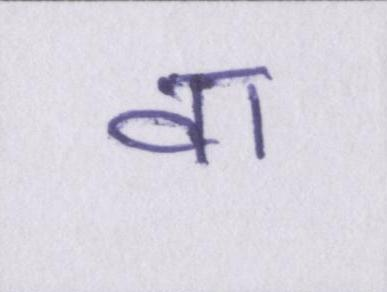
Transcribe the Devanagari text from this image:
वा